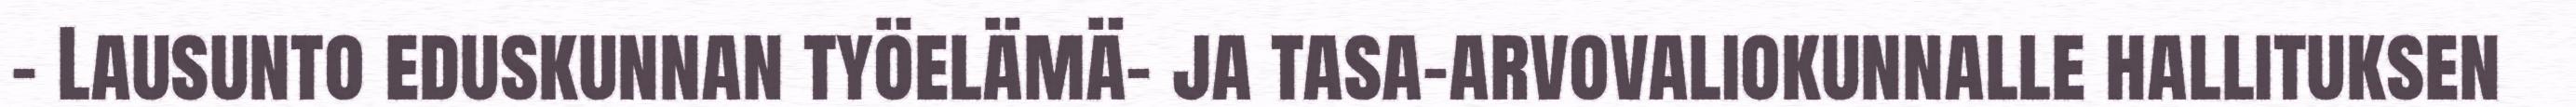
- Lausunto eduskunnan työelämä- ja tasa-arvovaliokunnalle hallituksen